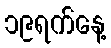
၁၉ရက်နေ့